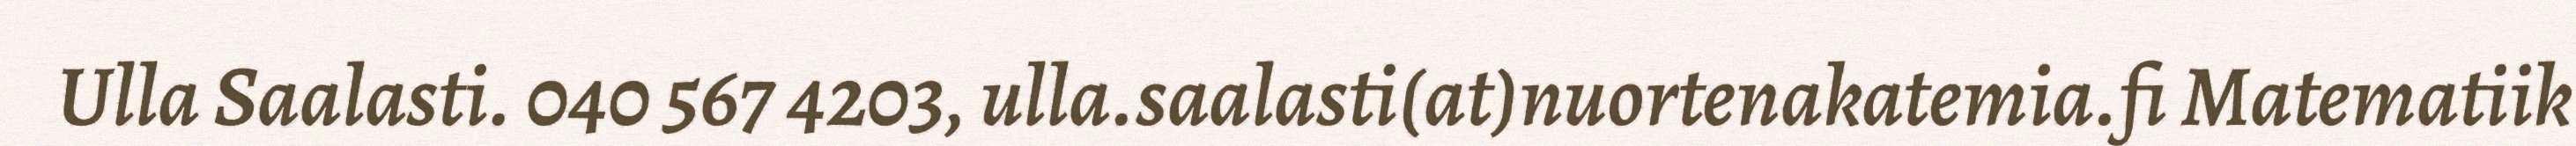
Ulla Saalasti. 040 567 4203, ulla.saalasti(at)nuortenakatemia.fi Matematiik